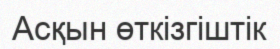
Асқын өткізгіштік